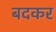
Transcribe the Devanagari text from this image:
बदकर